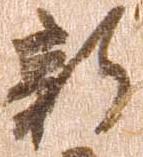
新